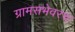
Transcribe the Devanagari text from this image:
ग्रामसभेवरच